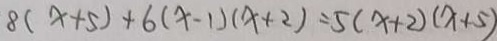
8 ( x + 5 ) + 6 ( x - 1 ) ( x + 2 ) = 5 ( x + 2 ) ( x + 5 )